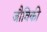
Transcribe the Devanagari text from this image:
जौविकी